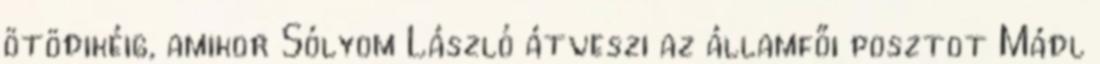
ötödikéig, amikor Sólyom László átveszi az államfői posztot Mádl